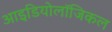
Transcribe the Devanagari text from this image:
आइडियोलॉजिकल